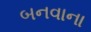
બનવાના